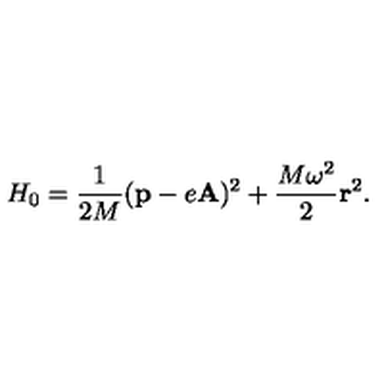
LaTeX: H _ { 0 } = \frac { 1 } { 2 M } ( { \bf p } - e { \bf A } ) ^ { 2 } + \frac { M \omega ^ { 2 } } { 2 } { \bf r } ^ { 2 } .